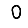
Digit: 0